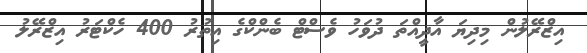
އިޒްރޭލުން މިދިޔަ އާދީއްތަ ދުވަހު ވެސްޓް ބެންކްގެ އިތުރު 400 ހެކްޓަރު އިޒްރޭލު